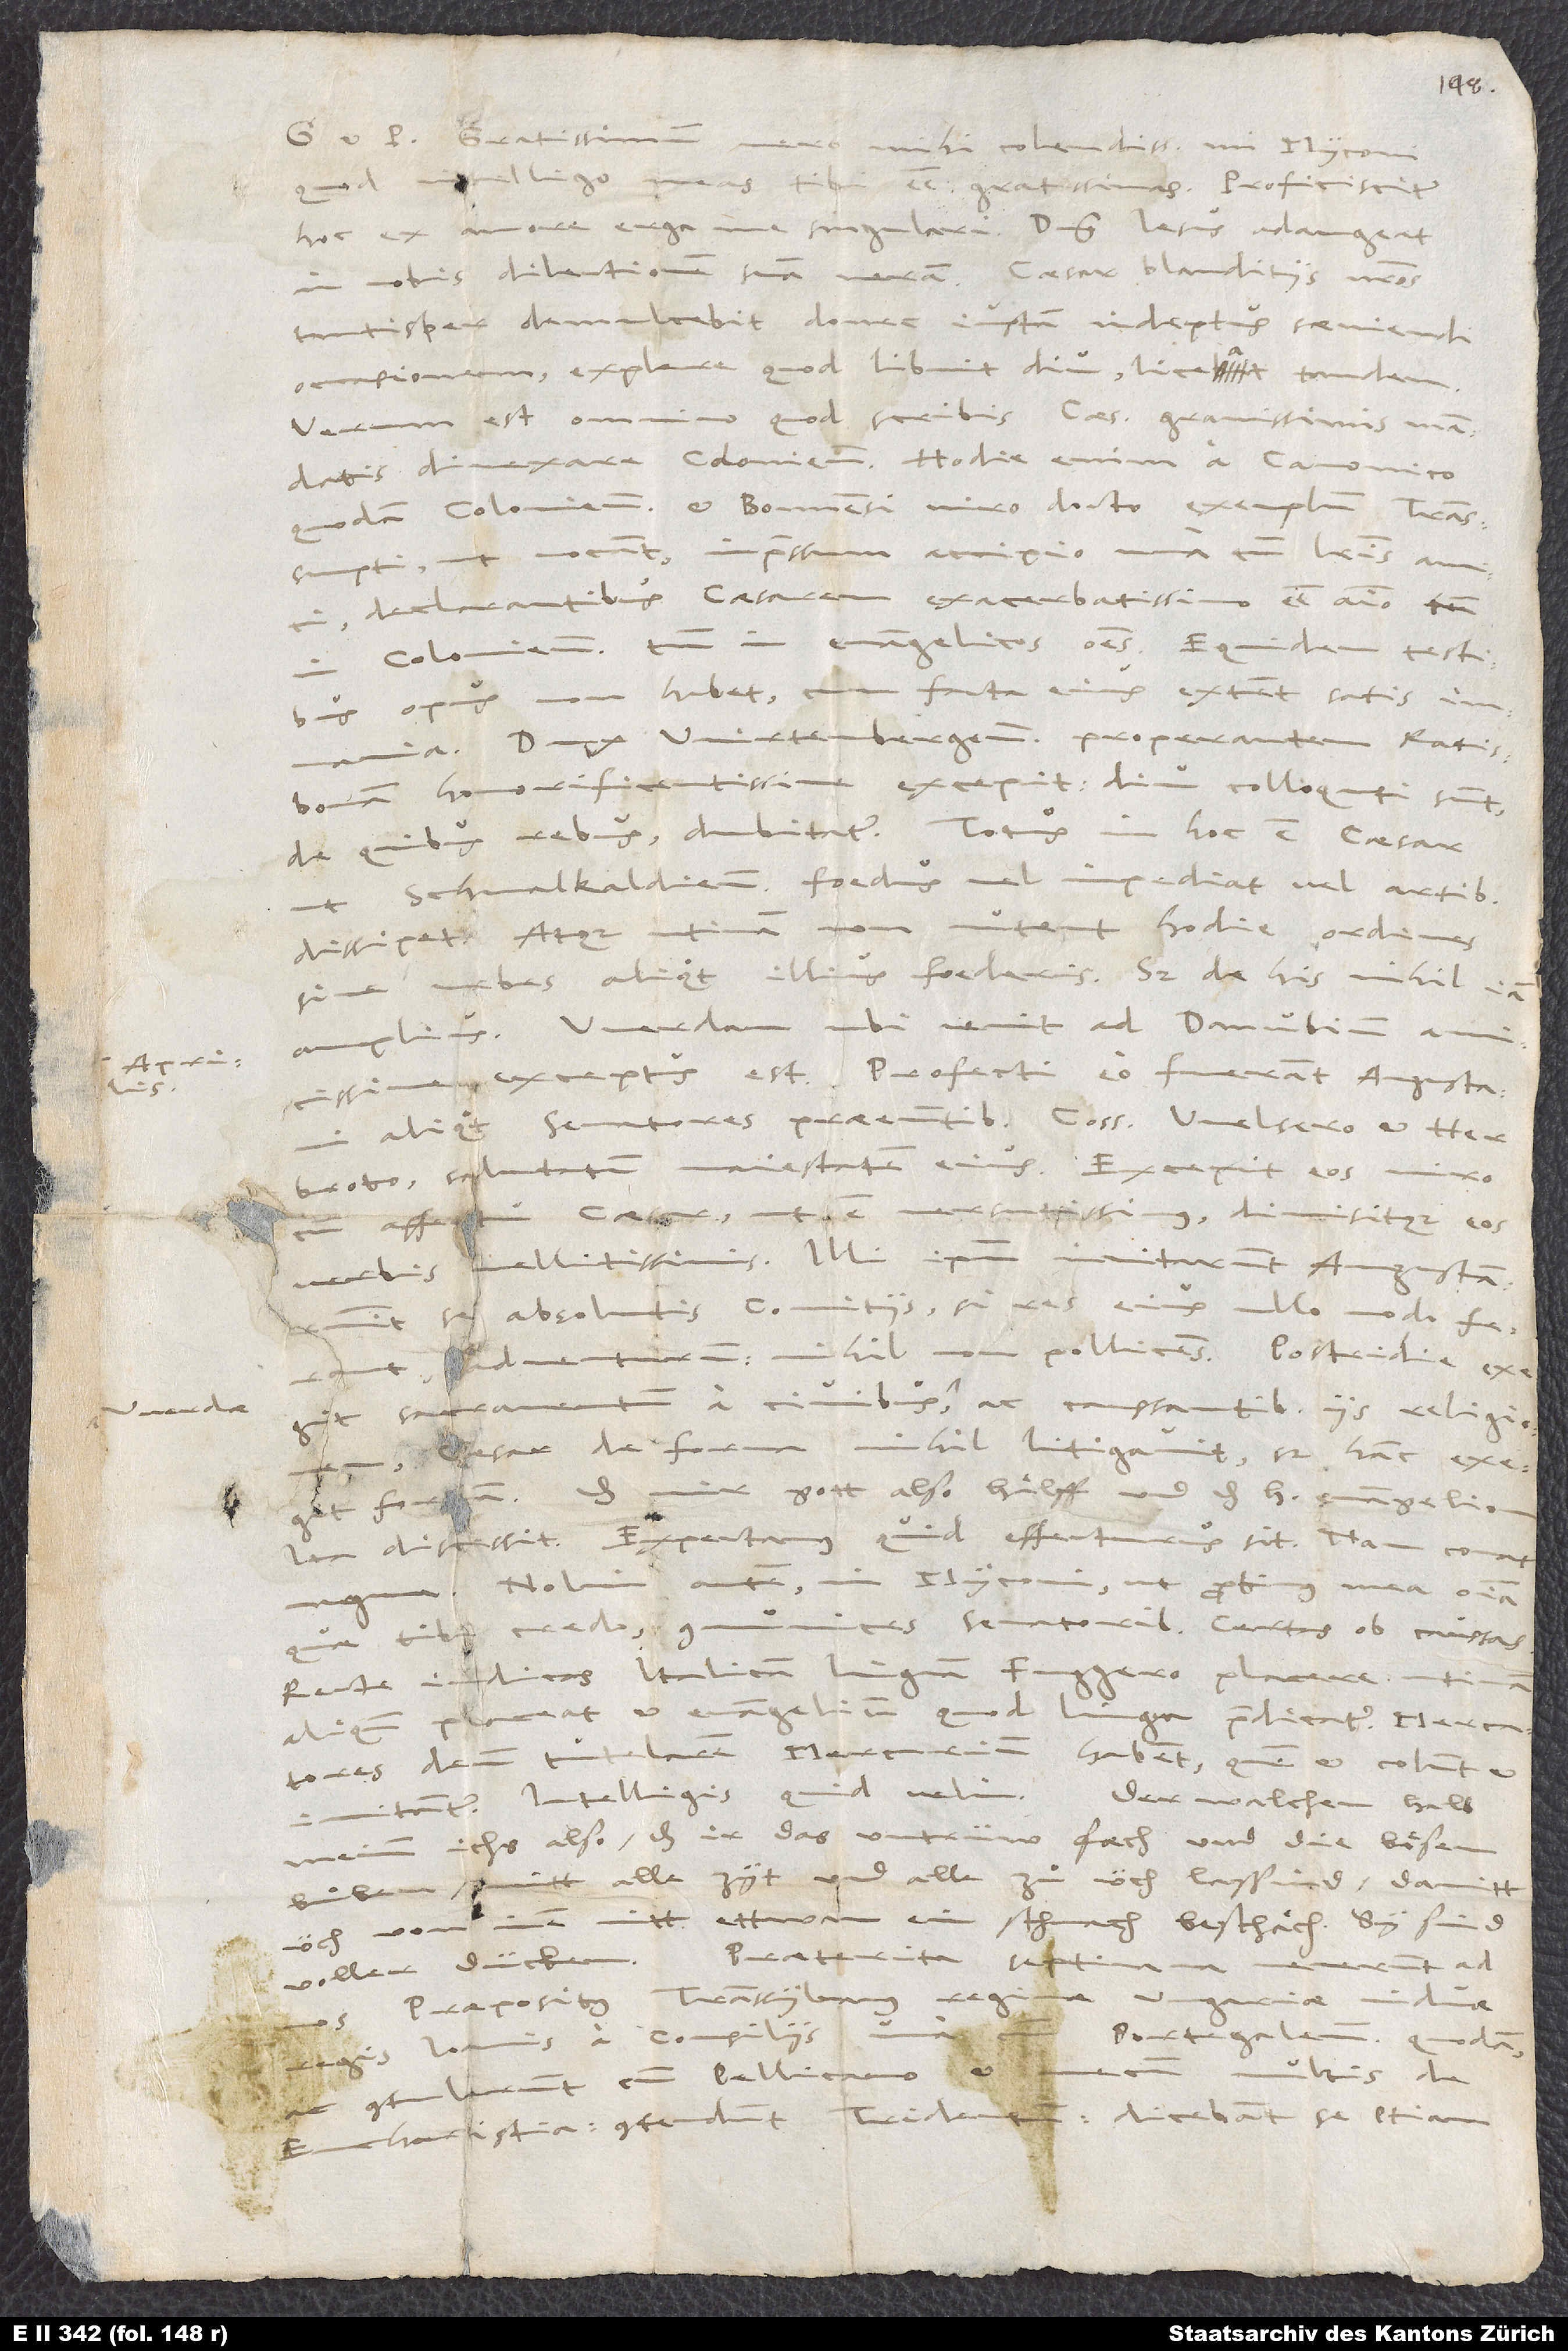
et pacem. Gratissimum vero mihi, colendissime mi Myconi,
quod intelligo meas
tibi esse gratissimas. Proficiscitur
hoc ex amore erga me singulari. Dominus Iesus adaugeat
tantisper demulcebit, donec iustam indeptus saeviendi
occasionem explere, quod libuit diu, liceat tandem.
Verum est omnino, quod scribis, caesarem gravissimis mandatis
divexare Coloniensem. Hodie enim a canonico
quodam Coloniensi et Bonnensi, viro docto, exemplum transsumpti,
vocant, impressum accipio una cum literis amici
declarantibus caesarem exacerbatissimo esse animo
in Coloniensem, tum in evangelicos omnes. Equidem testibus
cum facta eius extent satis
opus non habet,
Dux Wirtenbergensis properantem Ratisbonam
honorificentissime excepit. Diu colloquti sunt.
ut Schmalkaldiense foedus vel impediat vel artibus
dissipet. Atque utinam non nutent hodie ordines
sive urbes aliquot illius foederis; sed de his nihil iam
amplius. Werdam ubi venit ad Danubium, amicissime
exceptus est. Profecti eo fuerant Augustani
aliquot senatores praeeuntibus consulibus Welsero et Herbroto
salutatum maiestatem eius. Excepit eos miro
„Das mir gott also haͤlff und das heilig euangelion.“
Ita discessit. Expectamus, quid effecturus sit; nam conatur
Nolim autem, mi Myconi, ut protinus mea omnia,
communices senatoribus certas ob caussas.
quae tibi credo,
Recte iudicas Italicam linguam Fuggero
placere. Utinam
aliquando placeat et evangelium, quod lingua praedicatur! Mercatores
deum tutelarem Mercurium habent, quem et colunt et
imitantur. Intelligis, quid velim. Der Walchen halb
meinen ichs also, das ir das untrüw faech und die boͤsen
buͦben nitt alle zyt und alle zuͦ üch lassind, damitt
üch von inen nitt ettwan ein schmach beschaͤch. Sy sind
Praeterita septimana
voller dücken.
viduae
praepositus Transsylvanus,
Portegalensi quodam,
Ioannis, a consiliis,
mecum multis de
contulerunt cum Pellicano
eucharistia. Contendunt Tridentum. Dicebant se etiam

1546.